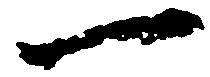
一